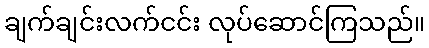
ချက်ချင်းလက်ငင်း လုပ်ဆောင်ကြသည်။